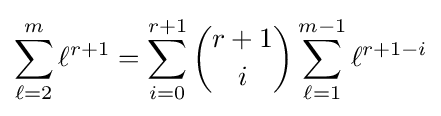
\sum _{\ell =2}^{m}\ell ^{r+1}=\sum _{i=0}^{r+1}{\binom {r+1}{i}}\sum _{\ell =1}^{m-1}\ell ^{r+1-i}